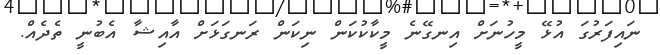
ނައިފަރުގަ އުޅޭ މީހުނަށް އިނގޭނެ މީކާކުކަން ނިކަން ރަނގަޅަށް އާއިޝާ އެބުނީ ތެދެއް.